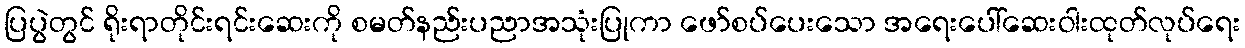
ပြပွဲတွင် ရိုးရာတိုင်းရင်းဆေးကို စမတ်နည်းပညာအသုံးပြုကာ ဖော်စပ်ပေးသော အရေးပေါ်ဆေးဝါးထုတ်လုပ်ရေး